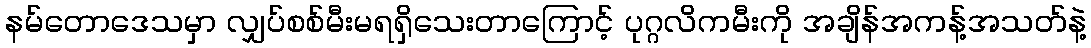
နမ်တောဒေသမှာ လျှပ်စစ်မီးမရရှိသေးတာကြောင့် ပုဂ္ဂလိကမီးကို အချိန်အကန့်အသတ်နဲ့